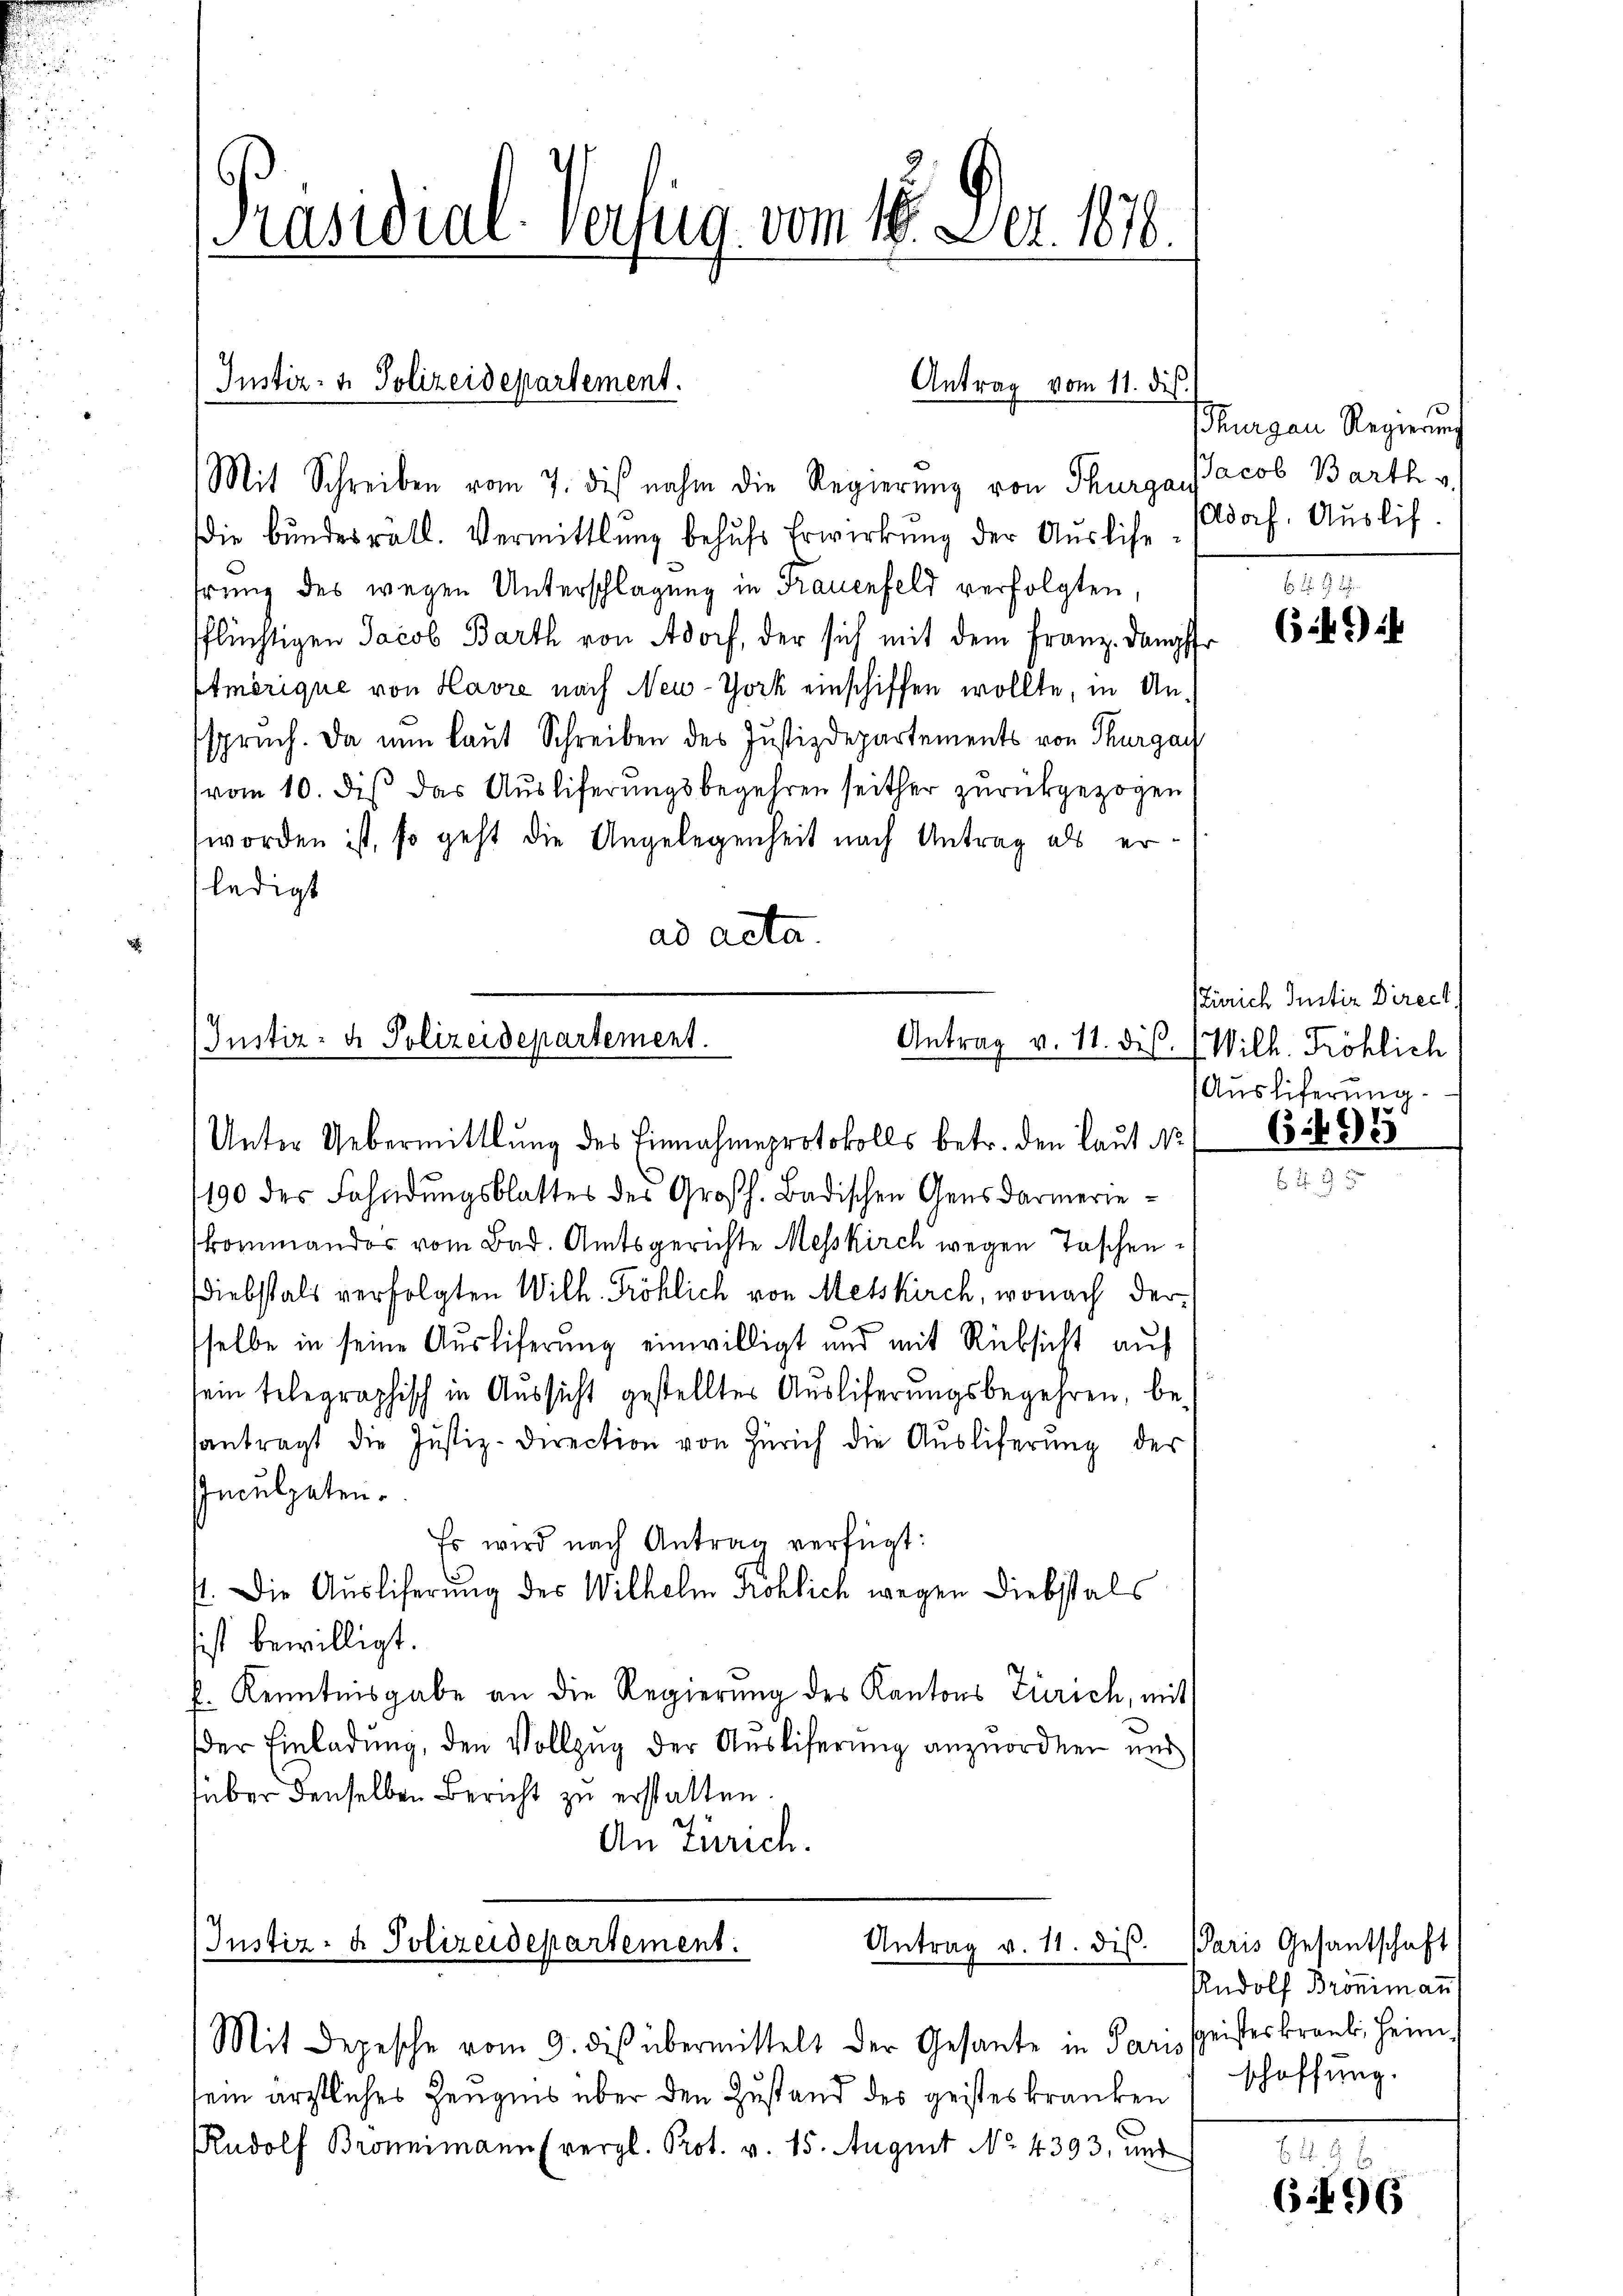
die bundesrätl. Vermittlung behŭfs Erwirkung der Ausliehrung des wegen Unterschlagung in Frauenfeld verfolgten,
flüchtigen Jacob Barth von Adorf, der sich mit dem Franz. Dampffr
tmörique von Havre nach New-York einschiffen wollte, in Ansspruch. Da nun laut Schreiben des Justizdepartements von Thurgau
vom 10. dis das Ausliferungsbegehren seither zurückgezogen
worden ist, so geht die Angelegenheit nach Antrag als erledigt
ad acta.

Präsidial-Verfüg vom 16. Dez. 1810.

Instiz- u. Polizeidepartement.
Mit Schreiben vom 7. des nahm die Regierung von Thurga

Antrag vom 11. dies

Unter Uebermittlung des Einnahmeprotokolls betr. den laut No
1190 des Fahndungsblattes des Großh. Badischen Gensdarmeriekommandos vom Bad. Amtsgerichte Messkirch wegen Taschen¬
Diebstals verfolgten Wilh. Fröhlich von Messkirch, wonach dersselbe in seine Ausliferung einwilligt und mit Rücksicht auf
sein telegraphisch in Aussicht gestelltes Ausliferungsbegehren, besantragt die Justiz-Direction von Zürich die Aŭsliferŭng der
Inculpaten.
Es wird nach Antrag verfügt:
f. Die Auslieferung des Wilhelm Röhlich wegen Diebstals
sist bewilligt.
l. Kenntnisgabe an die Regierung des Kantons Zürich, mit
der Einladung, den Vollzug der Ausliferung anzuordnen und
über denselben Bericht zu erstatten.
An Zürich.

Justiz- & Polizeidepartement.

Justiz- & Polizeidepartement.
Antrag v. 11. dis.
Mit Depesche vom 9. des übermittelt der Gesante in Paris seisteskrank. Heim,

Thurgau Regierung
Jacob Barth v.
Adorf. Auslic

2 2
6.49

Zürich Justiz Direct
Antrag v. 11. dies. (Wilh. Fröhlich
(Ausliferung.

sein ärztliches Zeugnis über den Zustand des geisteskranken 1 schaffŭng.
Rudolf Bronimann (vergl. Prot. v. 15. August No. 4393, und

695

Paris Gesantschaft
Rudolf Brönimann

(496